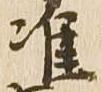
准